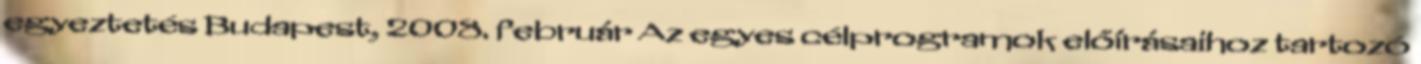
egyeztetés Budapest, 2008. február Az egyes célprogramok előírásaihoz tartozó